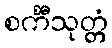
စင်္ကီသုတ္တံ